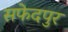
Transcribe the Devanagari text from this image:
सफेदपुर